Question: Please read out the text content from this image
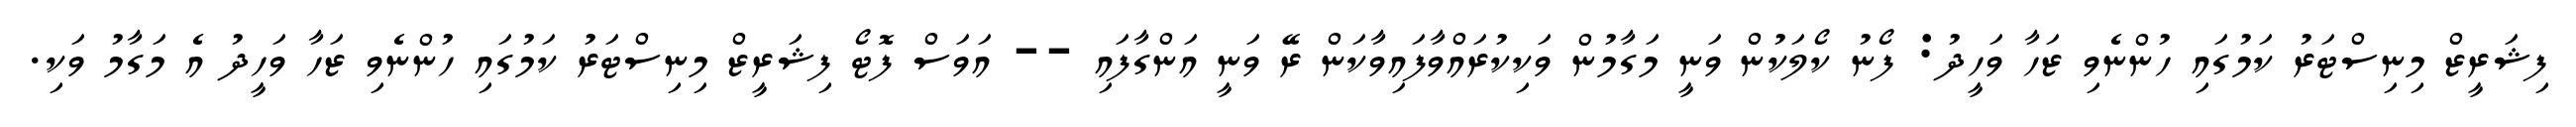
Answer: ފިޝަރީޒް މިނިސްޓަރު ކަމުގައި ހުންނެވި ޒަހާ ވަހީދު: ފޯނު ކޯލަކުން ވަނީ މަގާމުން ވަކިކުރައްވާފައިވާކަން ރޭ ވަނީ އަންގާފައި -- އަވަސް ފޮޓޯ ފިޝަރީޒް މިނިސްޓަރު ކަމުގައި ހުންނެވި ޒަހާ ވަހީދު އެ މަގާމު ވަކި.